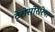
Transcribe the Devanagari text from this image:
टेरोसोररिया